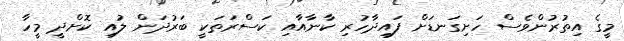
މީގެ އިތުރުންވެސް ހަށިގަނޑަށް ފައިދާހުރި ކާނާއާއި ކަސްރަތަކީ ބަރުދަން ލުއި ކޮށްދީ މީހާ